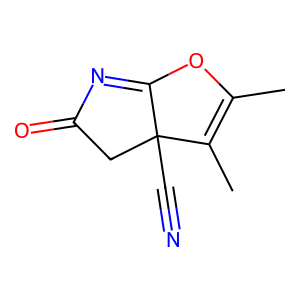
SMILES: CC1=C(C)C2(C#N)CC(=O)N=C2O1
Inhibits HIV replication: No